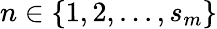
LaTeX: n\in\{ 1,2,...,s_{m}\}